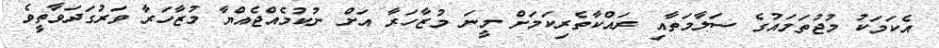
އެކަމަކު މުޖުތަމައުގެ ސަލާމަތާއި ރައްކާތެރިކަމަށް މީނަ މުޒާހަރާ އަށް ނުކުމެއްޖެއްޔާ މުޒާހަރާ ވަރުގަދަވާތީވެ